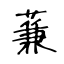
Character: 蒹